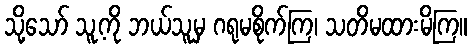
သို့သော် သူ့ကို ဘယ်သူမှ ဂရုမစိုက်ကြ၊ သတိမထားမိကြ။